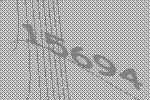
15694